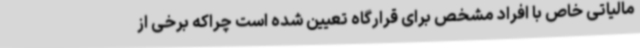
مالیاتی خاص با افراد مشخص برای قرارگاه تعیین شده است چراکه برخی از